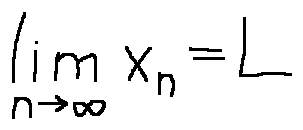
\lim \limits _ { n \rightarrow \infty } x _ { n } = L